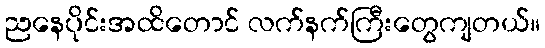
ညနေပိုင်းအထိတောင် လက်နက်ကြီးတွေကျတယ်။